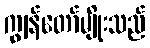
ကျွန်တော်မျိုးသည်